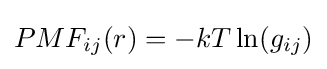
PMF_{ij}(r)=-kT\ln(g_{ij})